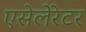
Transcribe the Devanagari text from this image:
एसेलेरेटर